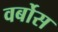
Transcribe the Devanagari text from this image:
वर्बोस